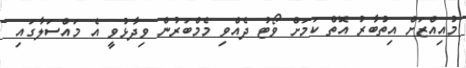
މުއިއްޒަށް އިތުބާރު އޮތް ކަމަށް ވޯޓު ދެއްވި މެމްބަރުން ވިދާޅުވީ އެ މައްސަލާގައި